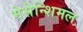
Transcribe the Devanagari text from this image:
मेसेन्शिमल